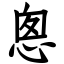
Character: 悤